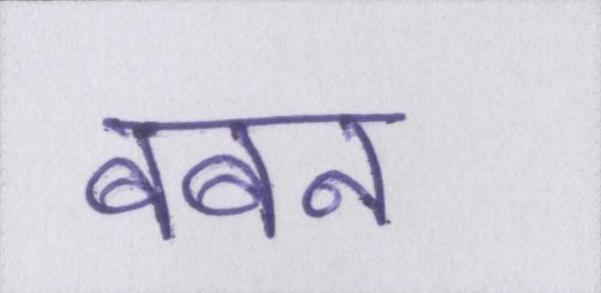
बबन